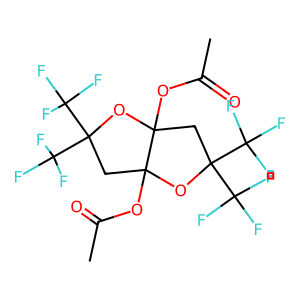
SMILES: CC(=O)OC12CC(C(F)(F)F)(C(F)(F)F)OC1(OC(C)=O)CC(C(F)(F)F)(C(F)(F)F)O2
Inhibits HIV replication: No